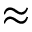
\approx